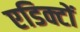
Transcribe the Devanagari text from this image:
एडिक्टों